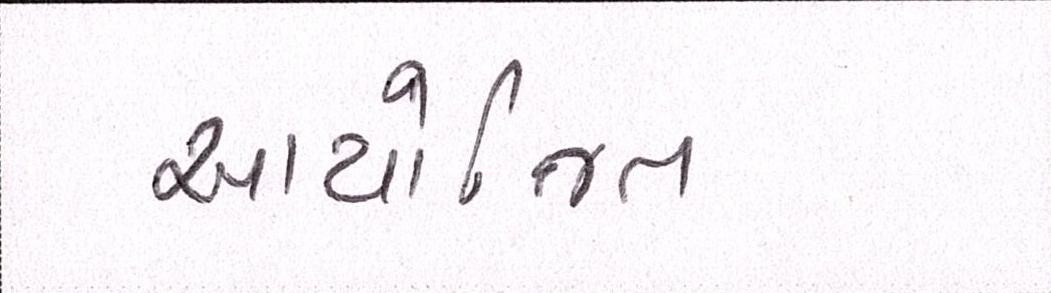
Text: આયોજિત